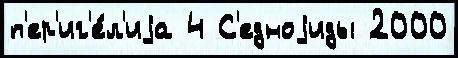
п'ер'иг'е́л'иjа 4 С'едноjиды 2000